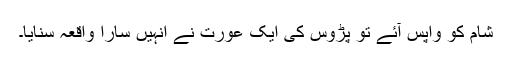
شام کو واپس آئے تو پڑوس کی ایک عورت نے انہیں سارا واقعہ سنایا۔